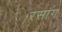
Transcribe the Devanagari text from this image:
रसांग